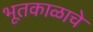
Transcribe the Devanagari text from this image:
भूतकाळाचे